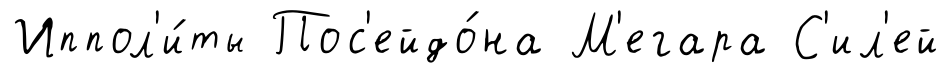
Иппол'и́ты Пос'ейдо́на М'егара С'ил'ей